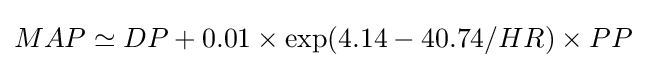
MAP\simeq DP+0.01\times \exp(4.14-40.74/HR)\times PP